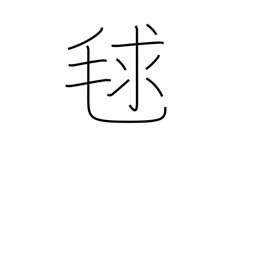
Meaning: burr